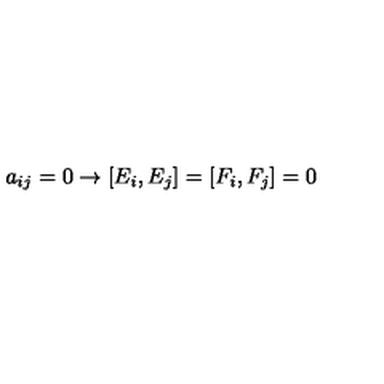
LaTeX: a _ { i j } = 0 \rightarrow [ E _ { i } , E _ { j } ] = [ F _ { i } , F _ { j } ] = 0